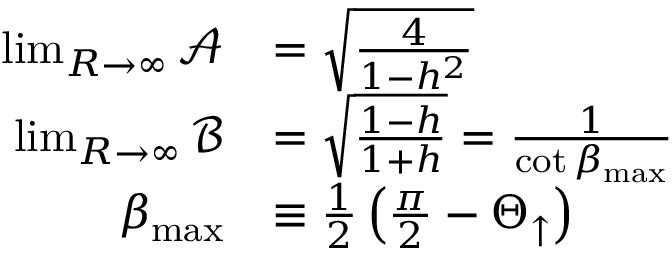
\begin{array} { r l } { \operatorname* { l i m } _ { R \rightarrow \infty } \mathcal { A } } & { = \sqrt { \frac { 4 } { 1 - h ^ { 2 } } } } \\ { \operatorname* { l i m } _ { R \rightarrow \infty } \mathcal { B } } & { = \sqrt { \frac { 1 - h } { 1 + h } } = \frac { 1 } { \cot { \beta _ { \mathrm { m a x } } } } } \\ { \beta _ { \mathrm { m a x } } } & { \equiv \frac { 1 } { 2 } \left( \frac { \pi } { 2 } - \Theta _ { \uparrow } \right) } \end{array}